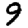
Digit: 9